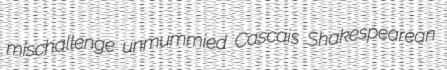
mischallenge unmummied Cascais Shakespearean